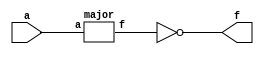
// John Hubbard, 19 Oct 2014
// hw5a assignment for Verilog 0764 class: Problem 4.4.1: Minority Circuit
//

// Structural Verilog version, as required by the problem statement:

module minor(a, f);
    input [4:0] a;
    output f;

    wire x0;

    // Minority circuit with an odd number of inputs is the precise opposite of
    // a majority circuit:

    major maj(a, x0);
    not f0(f, x0);
endmodule

module major(a, f);
    input [4:0] a;
    output f;

    wire na0, na1, na2, na3, na4;
    wire x0, x1, x2, x3, x4, x5, x6, x7, x8, x9, xa, xb, xc, xd, xe, xf;

    not notA4(na4, a[4]);
    not notA3(na3, a[3]);
    not notA2(na2, a[2]);
    not notA1(na1, a[1]);
    not notA0(na0, a[0]);

    and X0(x0,    na4,  na3,     a[2],    a[1],   a[0]);     // 00111
    and X1(x1,    na4,   a[3],  na2,      a[1],   a[0]);     // 01011
    and X2(x2,    na4,   a[3],   a[2],   na1,     a[0]);     // 01101
    and X3(x3,    na4,   a[3],   a[2],    a[1],  na0);       // 01110

    and X4(x4,    na4, a[3],  a[2],      a[1],      a[0]);   // 01111
    and X5(x5,    a[4], na3,   na2,        a[1],      a[0]); // 10011
    and X6(x6,    a[4], na3,    a[2],     na1,        a[0]); // 10101
    and X7(x7,    a[4], na3,    a[2],      a[1],     na0);   // 10110

    and X8(x8,    a[4], na3,   a[2],     a[1],      a[0]);   // 10111
    and X9(x9,    a[4], a[3],   na2,      na1,      a[0]);   // 11001
    and Xa(xa,    a[4], a[3],   na2,       a[1],     na0);   // 11010
    and Xb(xb,    a[4], a[3],   na2,       a[1],      a[0]); // 11011

    and Xc(xc,    a[4], a[3],   a[2],     na1,     na0);     // 11100
    and Xd(xd,    a[4], a[3],   a[2],     na1,      a[0]);   // 11101
    and Xe(xe,    a[4], a[3],   a[2],      a[1],   na0);     // 11110
    and Xf(xf,    a[4], a[3],   a[2],      a[1],    a[0]);   // 11111

    or f0(f, x0, x1, x2, x3, x4, x5, x6, x7,
             x8, x9, xa, xb, xc, xd, xe, xf);

endmodule

// Dataflow version of the same logic. This provides a reference, which the
// testbench uses to compare against:
module minor_reference(a, f);
    input [4:0] a;
    output f;

    // Just negate the majority circuit logic, which was already tested in
    // the previous problem assignment:

    assign f = !(
      (  !a[4] & !a[3] & a[2] & a[1] & a[0]  )  |   // 00111
      (  !a[4] & a[3] & !a[2] & a[1] & a[0]  )  |   // 01011
      (  !a[4] & a[3] & a[2] & !a[1] & a[0]  )  |   // 01101
      (  !a[4] & a[3] & a[2] & a[1] & !a[0]  )  |   // 01110

      (  !a[4] & a[3] & a[2] & a[1] & a[0]   )  |   // 01111
      (  a[4] & !a[3] & !a[2] & a[1] & a[0] )  |    // 10011
      (  a[4] & !a[3] & a[2] & !a[1] & a[0]  )  |   // 10101
      (  a[4] & !a[3] & a[2] & a[1] & !a[0]  )  |   // 10110

      (  a[4] & !a[3] & a[2] & a[1] & a[0]   )  |   // 10111
      (  a[4] & a[3] & !a[2] & !a[1] & a[0]  )  |   // 11001
      (  a[4] & a[3] & !a[2] & a[1] & !a[0]  )  |   // 11010
      (  a[4] & a[3] & !a[2] & a[1] & a[0]   )  |   // 11011

      (  a[4] & a[3] & a[2] & !a[1] & !a[0]  )  |   // 11100
      (  a[4] & a[3] & a[2] & !a[1] & a[0]   )  |   // 11101
      (  a[4] & a[3] & a[2] & a[1] & !a[0]   )  |   // 11110
      (  a[4] & a[3] & a[2] & a[1] & a[0]));         // 11111

endmodule